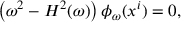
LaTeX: \left( \omega ^ { 2 } - H ^ { 2 } ( \omega ) \right) \phi _ { \omega } ( x ^ { i } ) = 0 ,